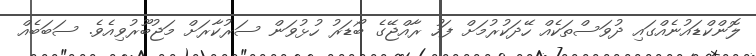
ލޮންކްޑައުނެއްގައި ދުވަސްތަކެއް ހޭދަކުރުމަށް ފަހު ރާއްޖޭގެ ބޯޑަރު ހުޅުވަން ސަރުކާރަށް މަޖުބޫރުވިއެވެ. ސަބަބެއް